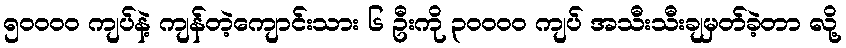
၅ဝဝဝဝ ကျပ်နဲ့ ကျန်တဲ့ကျောင်းသား ၆ ဦးကို ၃ဝဝဝဝ ကျပ် အသီးသီးချမှတ်ခဲ့တာ လို့